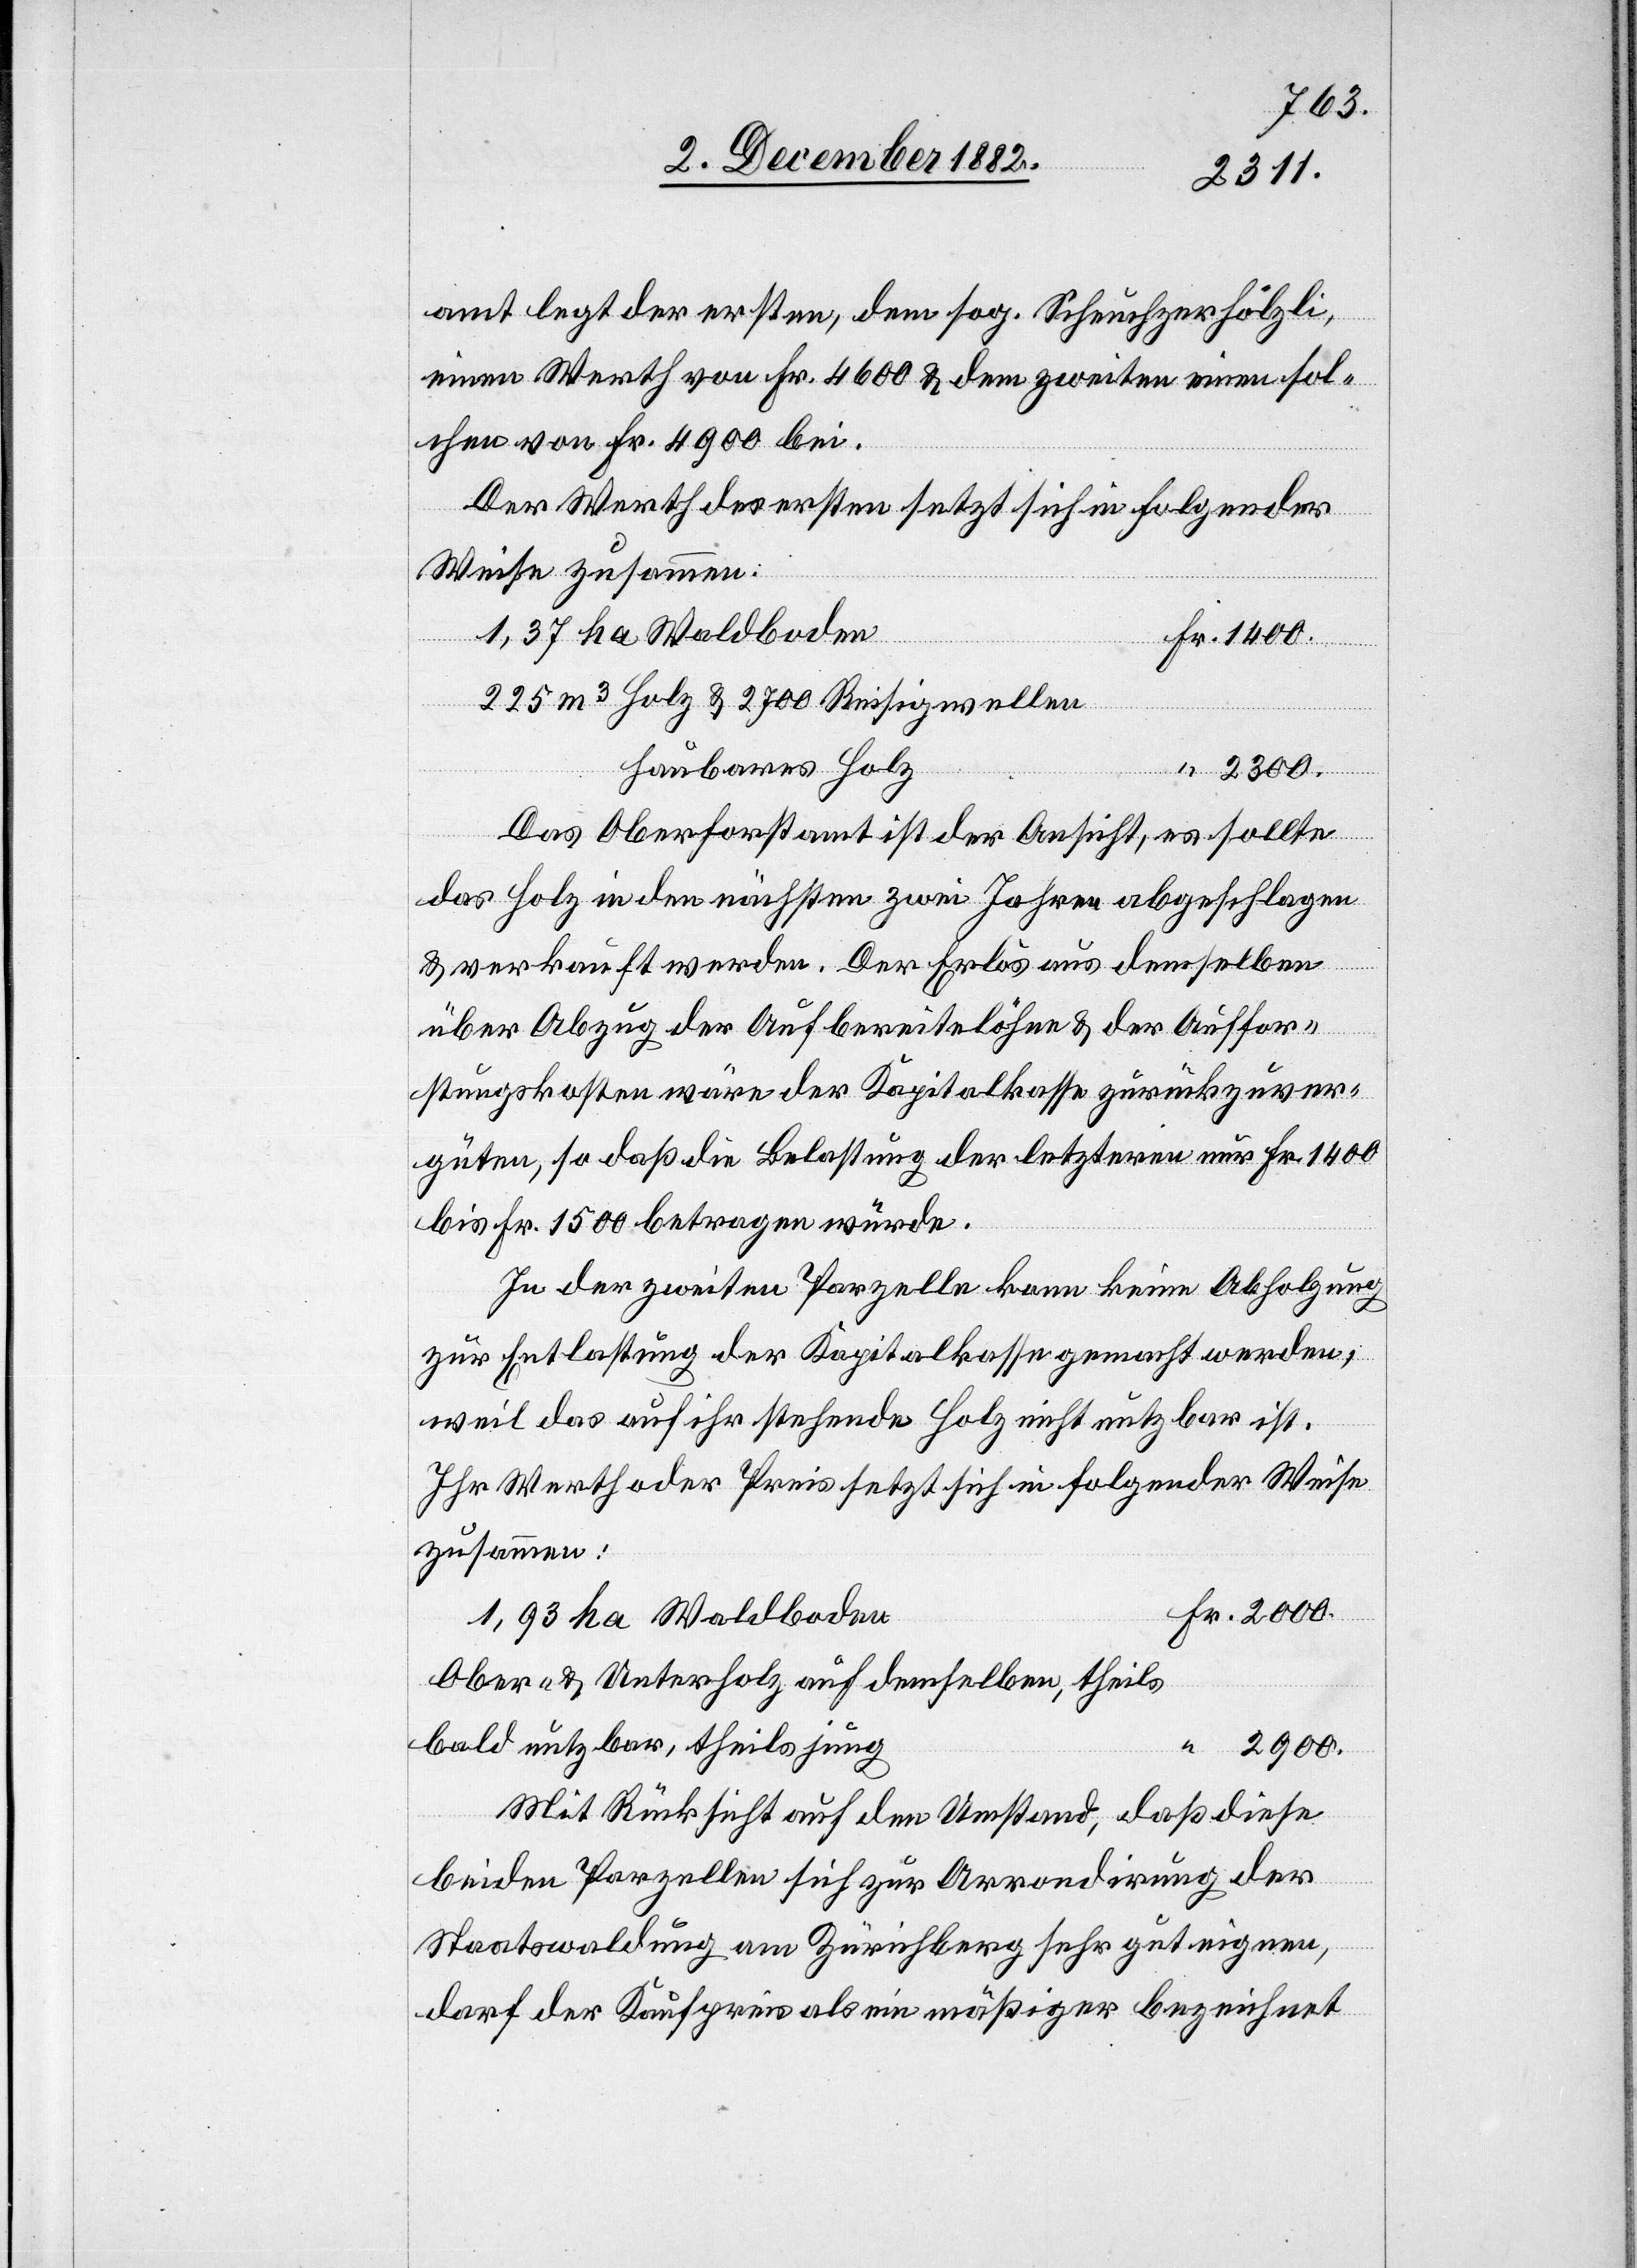
1400.
amt legt der ersten, dem sog. Scheuchzerhölzli,
einen Werth von Fr. 4600 & dem zweiten einen sol¬
chen von 4900 bei.
Der Werth des ersten setzt sich in folgender
Weise zusammen:
Fr.
1,37 ha Waldboden
225 m3 Holz & 2700 Reisigwellen
sauberes Holz
Das Oberforstamt ist der Ansicht, es sollte
das Holz in den nächsten zwei Jahren abgeschlagen
& verkauft werden. Der Erlös aus demselben
über Abzug der Aufbereitelöhne & der Auffor¬
stungskosten wäre der Kapitalkasse zurückzuver¬
güten, so daß die Belastung der letzteren nur Fr. 1400
bis Fr. 1500 betragen würde.
In der zweiten Parzelle kann keine Abholzung
zur Entlastung der Kapitalkasse gemacht werden,
weil das auf ihr stehende Holz nicht nutzbar ist.
Ihr Werth oder Preis setzt sich in folgender Weise
zusammen:
1,93 ha Waldboden
Ober- & Unterholz auf demselben, theils
bald nutzbar, teils jung
2900-
Mit Rücksicht auf den Umstand, daß diese
beiden Parzellen sich zur Arrondirung der
Staatswaldung am Zürichberg sehr gut eignen,
darf der Kaufpreis als ein mäßiger bezeichnet